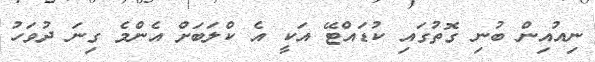
ނިއުއިން ބުނި ގޮތުގައި ކުޑައްޓޭ އަކީ އެ ކްލަބަށް އެންމެ ގިނަ ދުވަހު